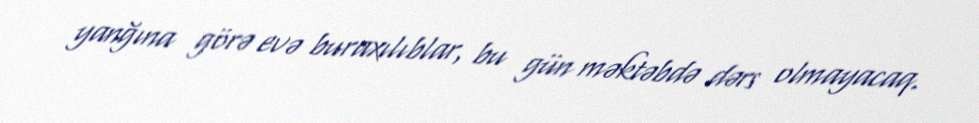
yanğına görə evə buraxılıblar, bu gün məktəbdə dərs olmayacaq.